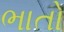
ભાતો